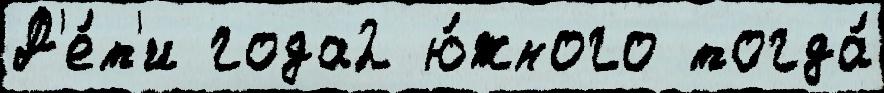
Д'е́т'и года2 ю́жного тогда́